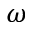
\omega